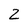
Character: 2